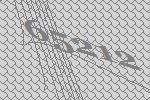
65212